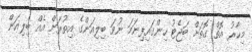
މިހާރު އޮތް ގޮތަށް ބަޖެޓު ހިންގައިފިނަމަ ނުވަ ބިލިއަންގެ އިތުރަށް އެއް ބިލިއަން